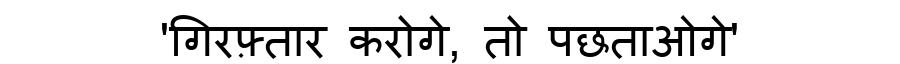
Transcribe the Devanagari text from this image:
'गिरफ़्तार करोगे, तो पछताओगे'